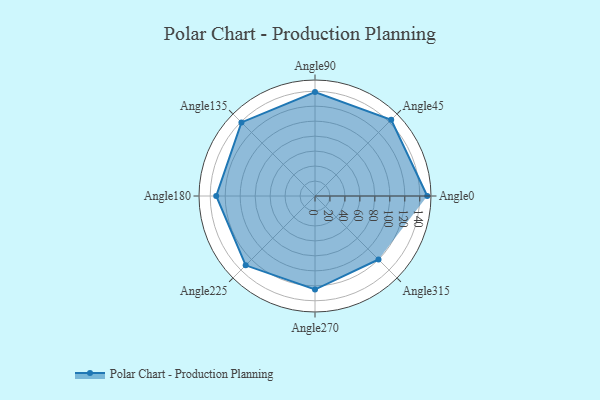
{"axis": {"x": "Angle", "y": "Radius"}, "legend": [""], "data": [{"x": "Angle0", "y": 150.0, "type": ""}, {"x": "Angle45", "y": 144.0, "type": ""}, {"x": "Angle90", "y": 139.0, "type": ""}, {"x": "Angle135", "y": 139.0, "type": ""}, {"x": "Angle180", "y": 132.0, "type": ""}, {"x": "Angle225", "y": 131.0, "type": ""}, {"x": "Angle270", "y": 125.0, "type": ""}, {"x": "Angle315", "y": 120.0, "type": ""}]}